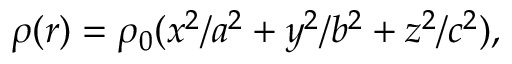
\rho ( \boldsymbol { r } ) = \rho _ { 0 } ( x ^ { 2 } / a ^ { 2 } + y ^ { 2 } / b ^ { 2 } + z ^ { 2 } / c ^ { 2 } ) ,